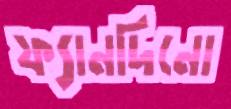
ফ্যানদিনো